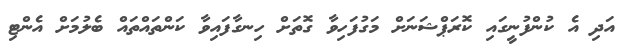
އަދި އެ ކުންފުނީގައި ކޮރަޕްޝަނަށް މަގުފަހިވާ ގޮތަށް ހިނގާފައިވާ ކަންތައްތައް ބެލުމަށް އެންޓި